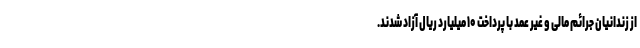
از زندانیان جرائم مالی و غیر عمد با پرداخت ۱۰ میلیارد ریال آزاد شدند.